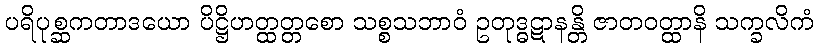
ပရိပုစ္ဆကတာဒယော ပိဋ္ဌိဟတ္ထတ္တစော သစ္စသဘာဝံ ဥတုဒ္ဓဋာနန္တိ ဇာတဝတ္ထာနိ သက္ခလိကံ